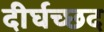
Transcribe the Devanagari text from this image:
दीर्घच्छद